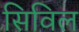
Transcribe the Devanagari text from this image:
सिविल